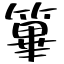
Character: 篳